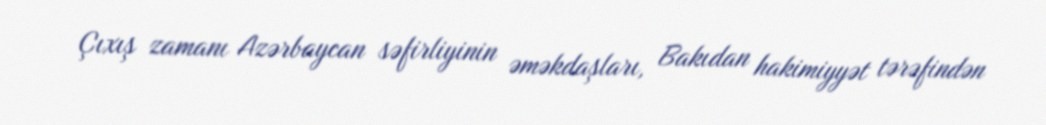
Çıxış zamanı Azərbaycan səfirliyinin əməkdaşları, Bakıdan hakimiyyət tərəfindən